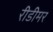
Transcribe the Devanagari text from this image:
रीडीमर